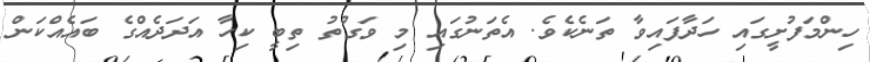
ހިންމަފުށީގައި ހަދާފައިވާ ތަނެކެވެ. އެތަނުގައި މި ވަގުތު ތިބީ ކިހާ އަދަދެއްގެ ބައެއްކަން